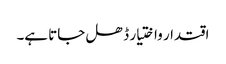
اقتدار واختیار ڈھل جاتا ہے۔